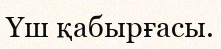
Үш қабырғасы.